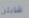
شابلن